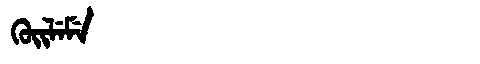
Manchu: ᡴᡠᡳᠯᡝᠮᡝ
Romanization: KUILEME